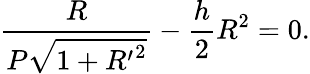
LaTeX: \frac{R}{P\sqrt{1+{R^{\prime}}^{2}}}-\frac{h}{2}R^{2}=0.